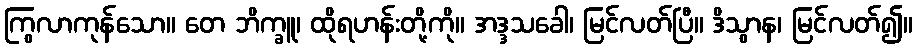
ကြွလာကုန်သော။ တေ ဘိက္ခူ၊ ထိုရဟန်းတို့ကို။ အဒ္ဒသခေါ၊ မြင်လတ်ပြီ။ ဒိသွာန၊ မြင်လတ်၍။